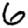
Digit: 6